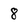
Character: 8